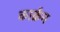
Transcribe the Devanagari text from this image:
कार्क्रम